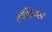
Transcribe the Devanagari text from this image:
हचिन्स